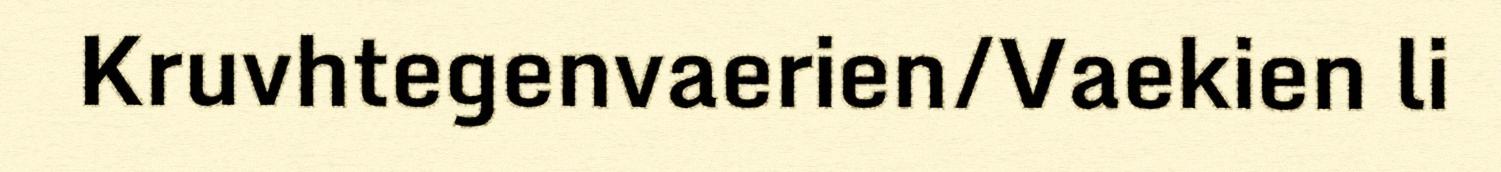
Kruvhtegenvaerien/Vaekien li